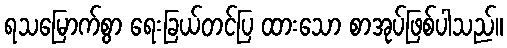
ရသမြောက်စွာ ရေးခြယ်တင်ပြ ထားသော စာအုပ်ဖြစ်ပါသည်။